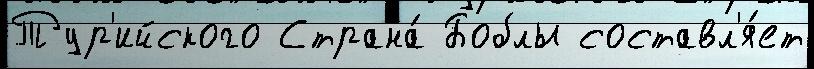
Тур'ийского Страна́ Боблы составл'я́ет